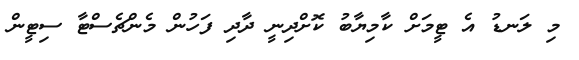
މި ލަނޑު އެ ޓީމަށް ކާމިޔާބު ކޮށްދިނީ ދާދި ފަހުން މެންޗެސްޓާ ސިޓީން